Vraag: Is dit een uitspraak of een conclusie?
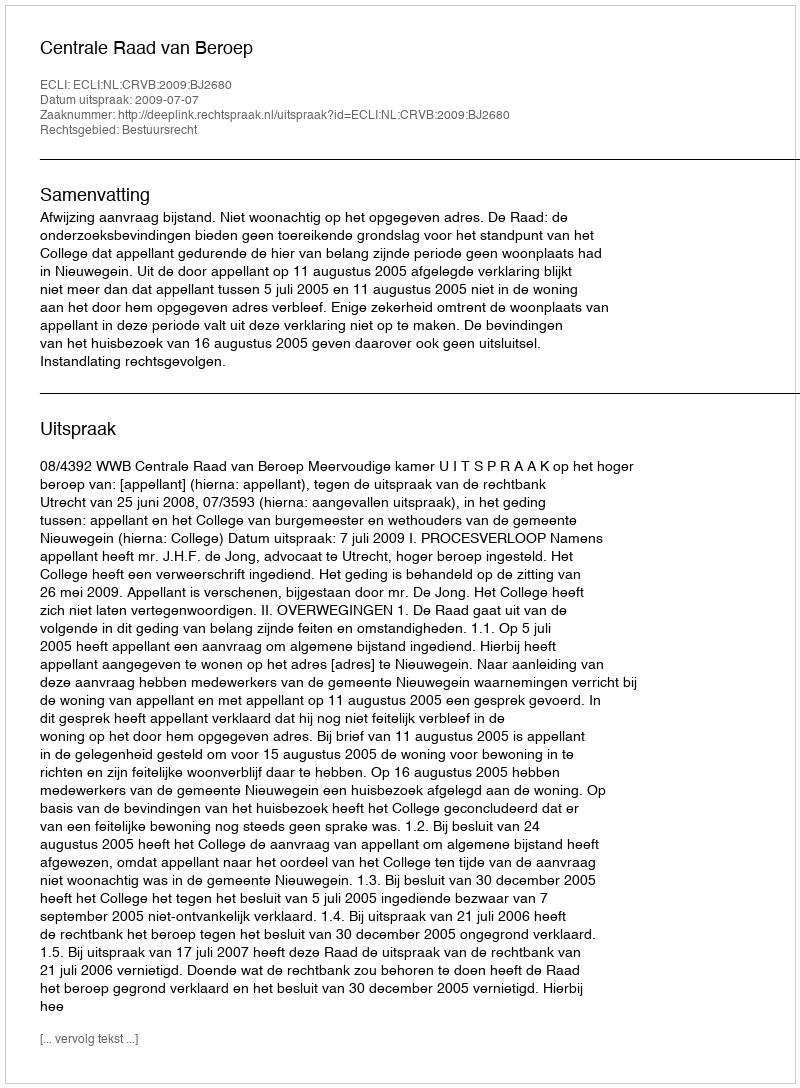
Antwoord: Uitspraak